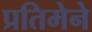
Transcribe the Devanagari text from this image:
प्रतिमेने